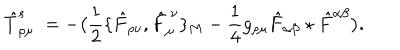
LaTeX: \hat { T } _ { \rho \mu } ^ { s } : = - \big ( { \frac { 1 } { 2 } } \{ \hat { F } _ { \rho \nu } , \hat { F } _ { \mu } ^ { \ \nu } \} _ { M } - { \frac { 1 } { 4 } } g _ { \rho \mu } \hat { F } _ { \alpha \beta } \star \hat { F } ^ { \alpha \beta } \big ) .